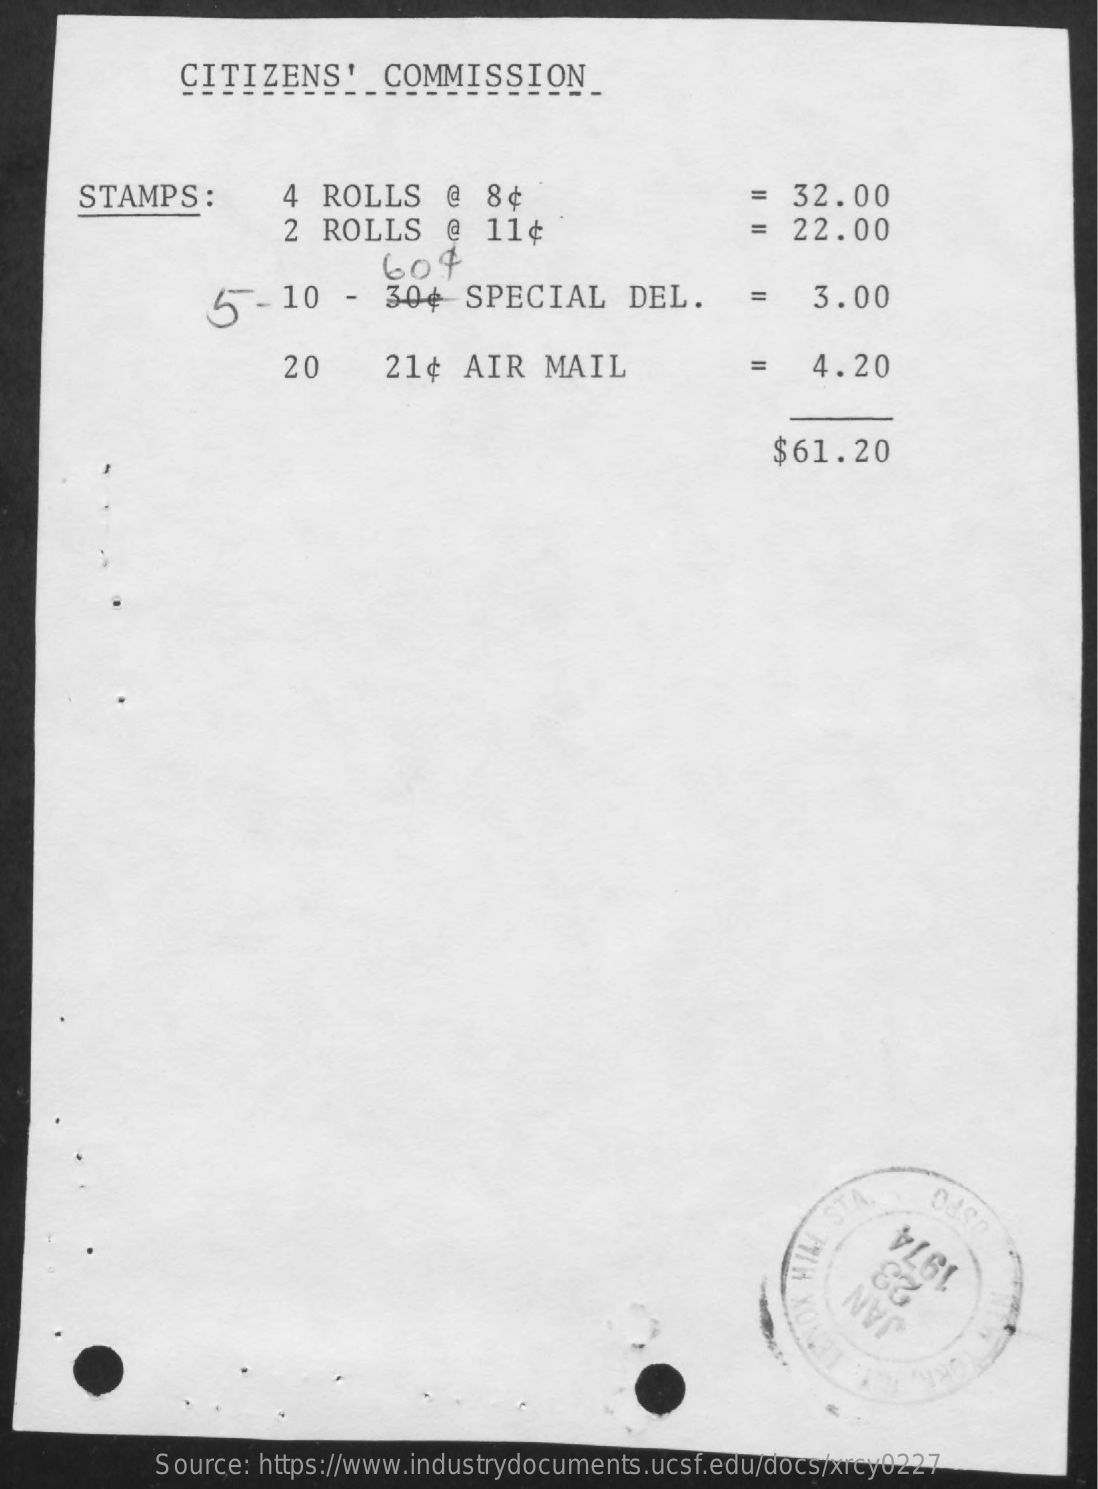
. TIZENS'    _COMMISSION
     STAMPS    :    4  ROLLS    @  8¢    =  32.00
     2 ROLLS    @  11¢    =  22.00
     5-   10   -  30¢   SPECIAL    DEL.    =   3.00
     20    21¢   AIR   MAIL    =   4.20
     $61.20
     23
     1974
     JAN
     Source: https://www.industrydocuments.ucsf.edu/docs/xrcy0227